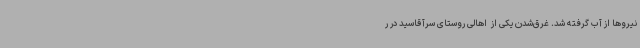
نیروها از آب گرفته شد. غرق‌شدن یکی از  اهالی روستای سرآقاسید در ر